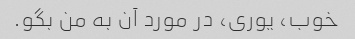
خوب، یوری، در مورد آن به من بگو.